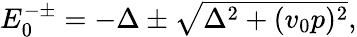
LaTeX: \begin{array}{r}{E_{0}^{-\pm}=-\Delta\pm\sqrt{\Delta^{2}+(v_{0}p)^{2}},}\end{array}